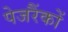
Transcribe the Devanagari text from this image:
पेजरैंकों